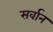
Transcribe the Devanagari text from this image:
सर्वान